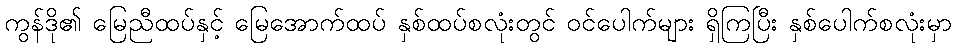
ကွန်ဒို၏ မြေညီထပ်နှင့် မြေအောက်ထပ် နှစ်ထပ်စလုံးတွင် ဝင်ပေါက်များ ရှိကြပြီး နှစ်ပေါက်စလုံးမှာ